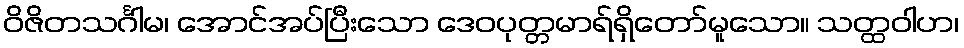
ဝိဇိတသင်္ဂါမ၊ အောင်အပ်ပြီးသော ဒေဝပုတ္တမာရ်ရှိတော်မူသော။ သတ္ထဝါဟ၊